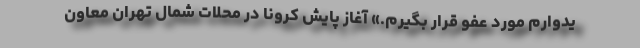
یدوارم مورد عفو قرار بگیرم.» آغاز پایش کرونا در محلات شمال تهران معاون